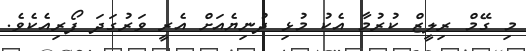
މި ގޭމް ރިލީޒް ކުރުމާ އެކު މުޅި ދުނިޔެއަށް އެރީ ވަރުގަދަ ފޯރިއެކެވެ.